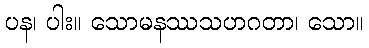
ပန၊ ပါး။ သောမနဿသဟဂတာ၊ သော။